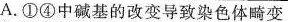
A. ①④中碱基的改变导致染色体畸变